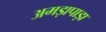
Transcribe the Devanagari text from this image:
अमड़ापाड़ा